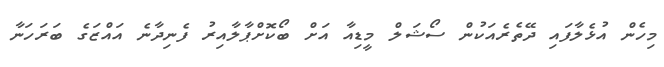
މިހެން އުޅެލާފައި ދޭތެރެއަކުން ސޯޝަލް މީޑިއާ އަށް ބޯކޮށްޕާލާއިރު ފެނިދާނެ އައްޒަގެ ބަރަހަނާ